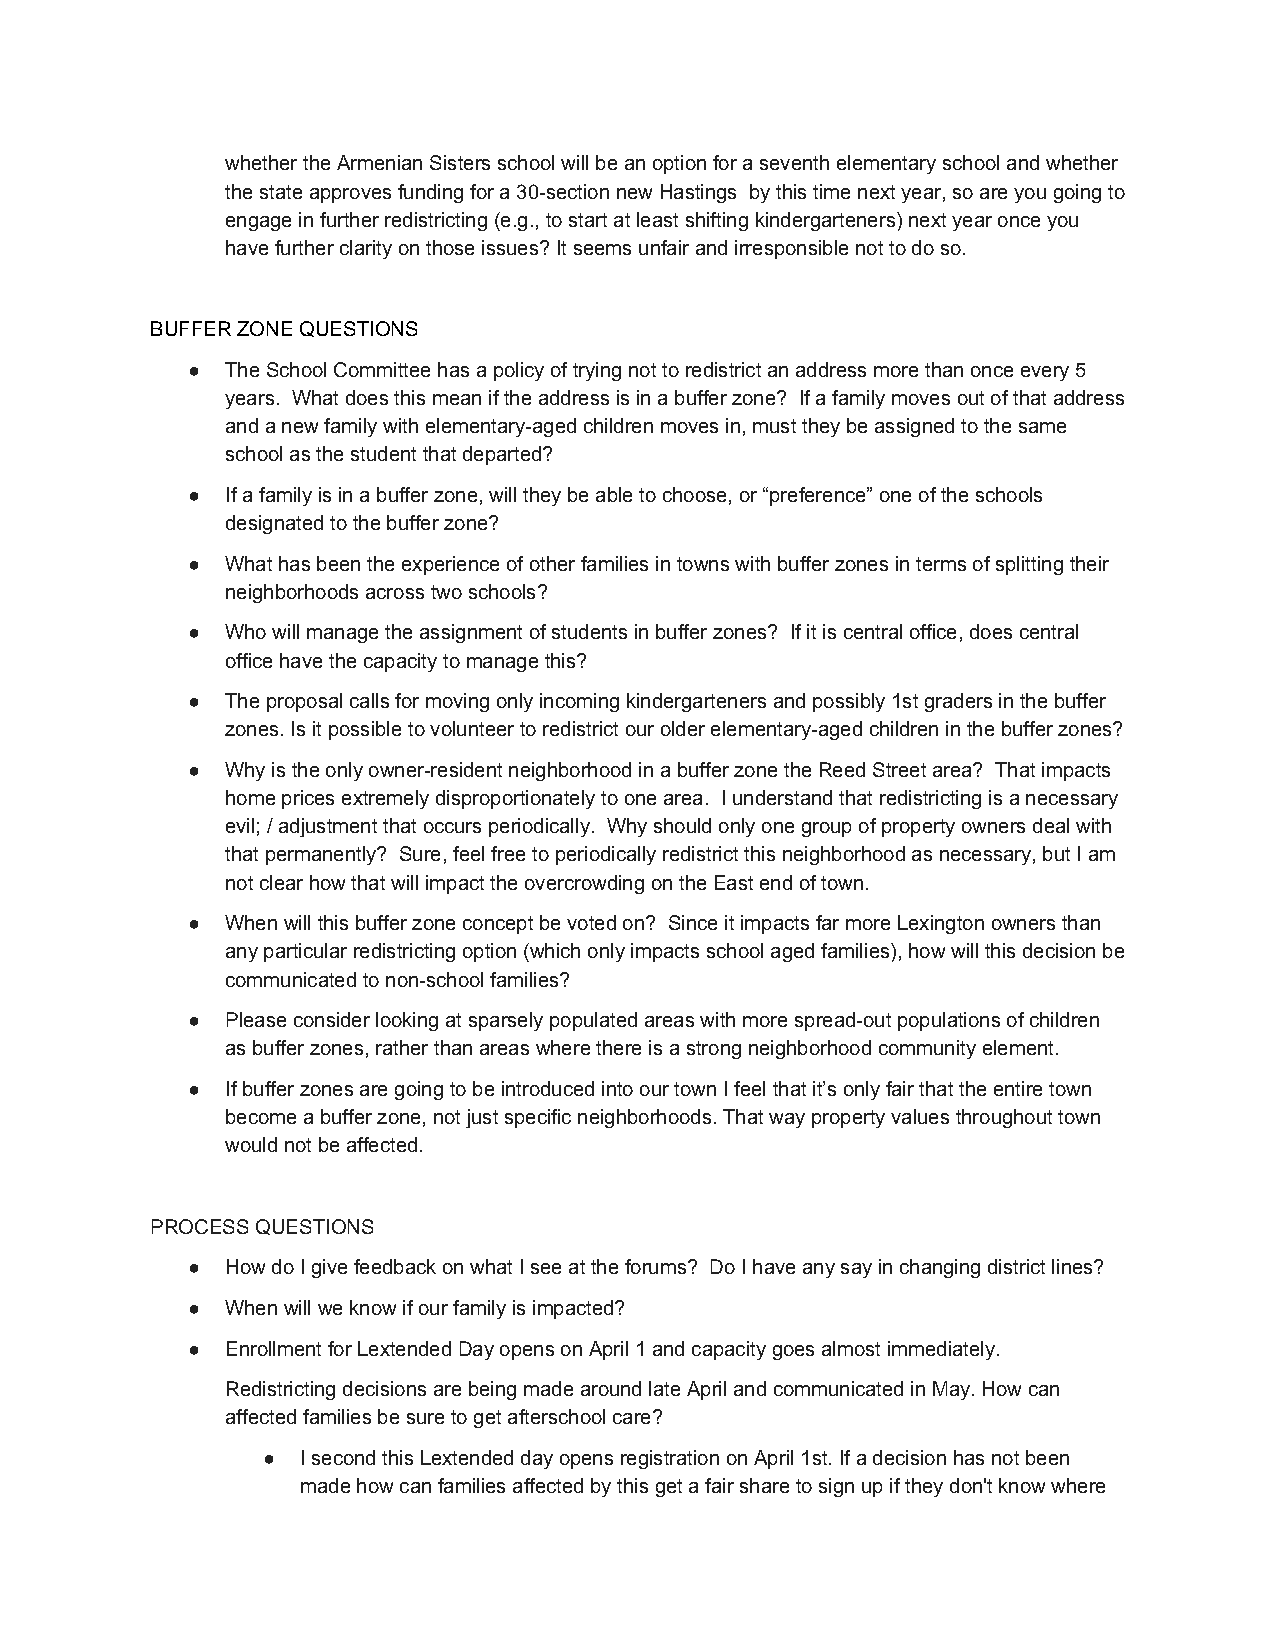
whether the Armenian Sisters school will be an option for a seventh elementary school and whether
 the state approves funding for a 30­section new Hastings by this time next year, so are you going to
 engage in further redistricting (e.g., to start at least shifting kindergarteners) next year once you
 have further clarity on those issues? It seems unfair and irresponsible not to do so.
 BUFFER ZONE QUESTIONS
 ●  The School Committee has a policy of trying not to redistrict an address more than once every 5
 years. What does this mean if the address is in a buffer zone? If a family moves out of that address
 and a new family with elementary­aged children moves in, must they be assigned to the same
 school as the student that departed?
 ●  If a family is in a buffer zone, will they be able to choose, or “preference” one of the schools
 designated to the buffer zone?
 ●  What has been the experience of other families in towns with buffer zones in terms of splitting their
 neighborhoods across two schools?
 ●  Who will manage the assignment of students in buffer zones? If it is central office, does central
 office have the capacity to manage this?
 ●  The proposal calls for moving only incoming kindergarteners and possibly 1st graders in the buffer
 zones. Is it possible to volunteer to redistrict our older elementary­aged children in the buffer zones?
 ●  Why is the only owner­resident neighborhood in a buffer zone the Reed Street area? That impacts
 home prices extremely disproportionately to one area. I understand that redistricting is a necessary
 evil; / adjustment that occurs periodically. Why should only one group of property owners deal with
 that permanently? Sure, feel free to periodically redistrict this neighborhood as necessary, but I am
 not clear how that will impact the overcrowding on the East end of town.
 ●  When will this buffer zone concept be voted on? Since it impacts far more Lexington owners than
 any particular redistricting option (which only impacts school aged families), how will this decision be
 communicated to non­school families?
 ●  Please consider looking at sparsely populated areas with more spread­out populations of children
 as buffer zones, rather than areas where there is a strong neighborhood community element.
 ●  If buffer zones are going to be introduced into our town I feel that it’s only fair that the entire town
 become a buffer zone, not just specific neighborhoods. That way property values throughout town
 would not be affected.
 PROCESS QUESTIONS
 ●  How do I give feedback on what I see at the forums? Do I have any say in changing district lines?
 ●  When will we know if our family is impacted?
 ●  Enrollment for Lextended Day opens on April 1 and capacity goes almost immediately.
 Redistricting decisions are being made around late April and communicated in May. How can
 affected families be sure to get afterschool care?
 ●  I second this Lextended day opens registration on April 1st. If a decision has not been
 made how can families affected by this get a fair share to sign up if they don't know where